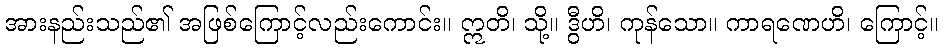
အားနည်းသည်၏ အဖြစ်ကြောင့်လည်းကောင်း။ ဣတိ၊ သို့။ ဒွီဟိ၊ ကုန်သော။ ကာရဏေဟိ၊ ကြောင့်။